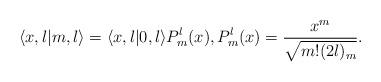
LaTeX: \begin{align*}\langle x,l |m,l\rangle = \langle x,l|0,l\rangle P_m^l(x), P_m^l(x) =\frac{x^m}{\sqrt{m! (2 l )_m}}. \end{align*}